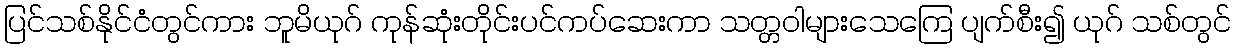
ပြင်သစ်နိုင်ငံတွင်ကား ဘူမိယုဂ် ကုန်ဆုံးတိုင်းပင်ကပ်ဆေးကာ သတ္တဝါများသေကြေ ပျက်စီး၍ ယုဂ် သစ်တွင်